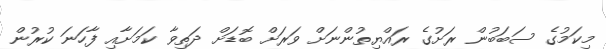
މިކަމުގެ ސަބަބުން ރަށުގެ ރައްޔިތުންނަށް ވަރަށް ބޮޑަށް ދަތިވާ ކަމަށާއި ފާހަނަ ކުރުން